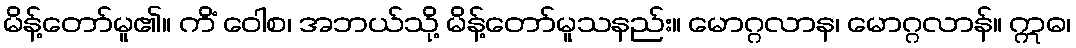
မိန့်တော်မူ၏။ ကိံ ဝေါစ၊ အဘယ်သို့ မိန့်တော်မူသနည်း။ မောဂ္ဂလာန၊ မောဂ္ဂလာန်။ ဣဓ၊